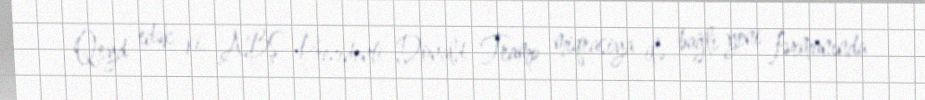
Qeyd edək ki, ABŞ Prezidenti Donald Tramp miqrasiya ilə bağlı yeni fərmanında